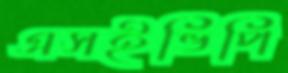
এসইভিপি